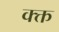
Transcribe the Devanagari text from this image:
क्क्त